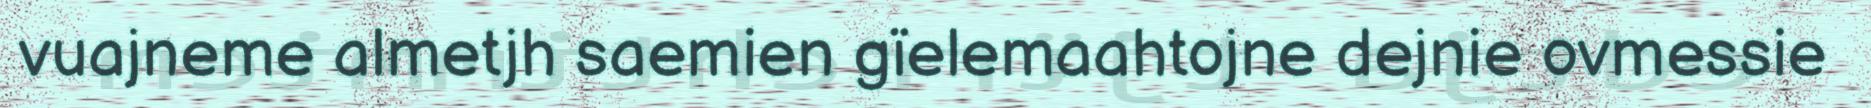
vuajneme almetjh saemien gïelemaahtojne dejnie ovmessie